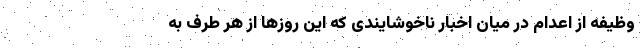
وظیفه از اعدام در میان اخبار ناخوشایندی که این روز‌ها از هر طرف به